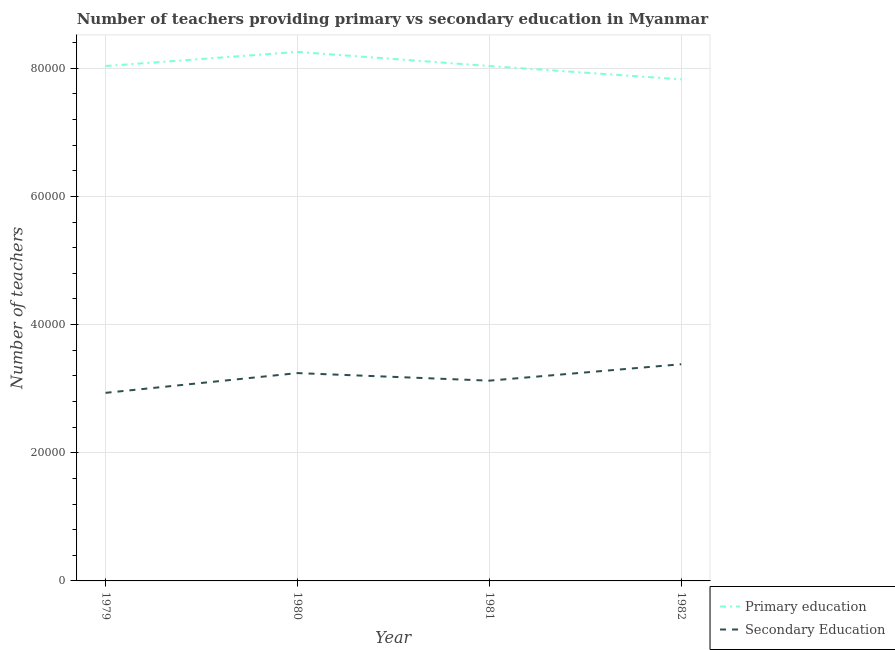
| Year | Primary education | Secondary Education |
 | --- | --- | --- |
 | 1979 | 8.03e+04 | 2.93e+04 |
 | 1980 | 8.25e+04 | 3.24e+04 |
 | 1981 | 8.03e+04 | 3.12e+04 |
 | 1982 | 7.83e+04 | 3.38e+04 |